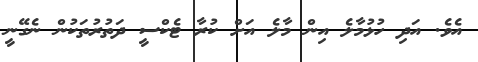
އެވެ. އަދި ހުޅުމާލެ އިން މާލެ އަށް ކުރާ ޓެކްސީ ދަތުރުތަކުން ނެގޭނީ